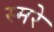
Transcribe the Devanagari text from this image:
स्मरे